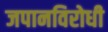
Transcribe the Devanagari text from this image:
जपानविरोधी